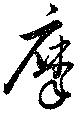
摩